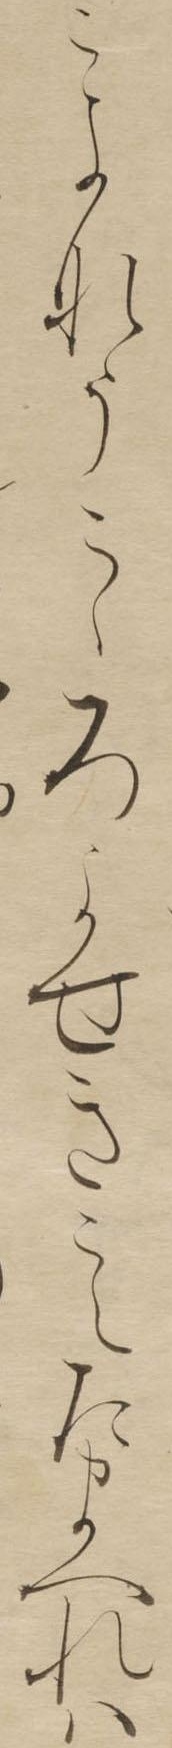
こよなうこゝろよせきこえたまへれは